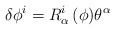
\begin{align*}\delta \phi^i = R^i_\alpha\,(\phi )\theta^\alpha\end{align*}